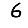
Digit: 6